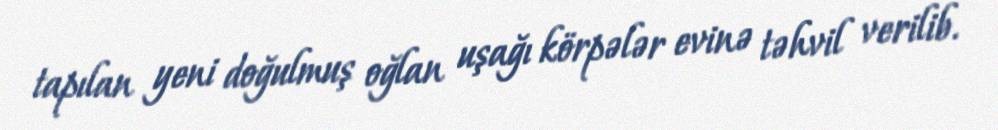
tapılan yeni doğulmuş oğlan uşağı körpələr evinə təhvil verilib.